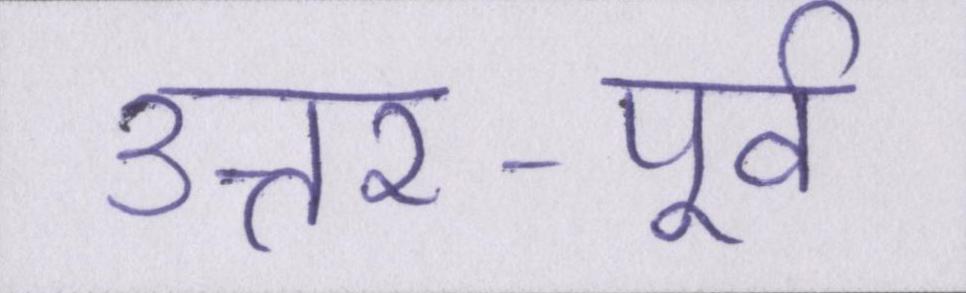
उत्तर-पूर्व